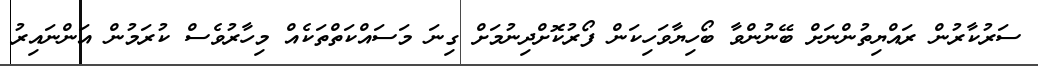
ސަރުކާރުން ރައްޔިތުންނަށް ބޭނުންވާ ބޯހިޔާވަހިކަން ފޯރުކޮށްދިނުމަށް ގިނަ މަސައްކަތްތަކެއް މިހާރުވެސް ކުރަމުން އަންނައިރު